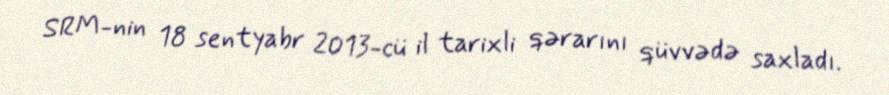
SRM-nin 18 sentyabr 2013-cü il tarixli qərarını qüvvədə saxladı.